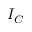
I _ { C }